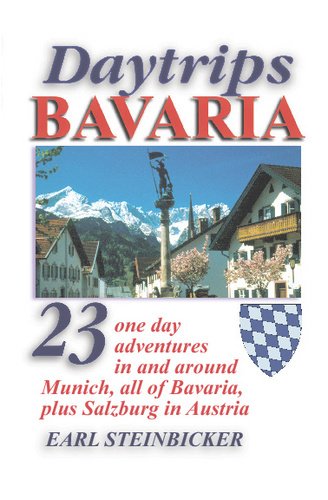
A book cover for Daytrips Bavaria: 23 One Day Adventures in and around Munich, All of Bavaria, Plus Salzburg in Austria; Earl Steinbicker; Travel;